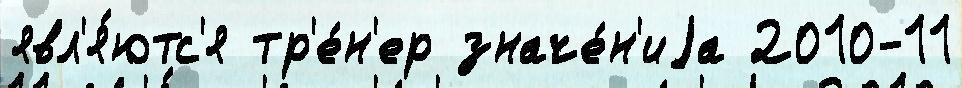
явл'я́ютс'я тр'е́н'ер значе́н'иjа 2010-11